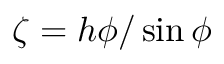
\zeta = h \phi / \sin \phi